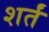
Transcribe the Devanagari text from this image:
शर्तं